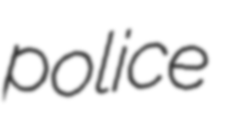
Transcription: police